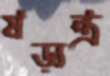
ষড়্‌যন্ত্র